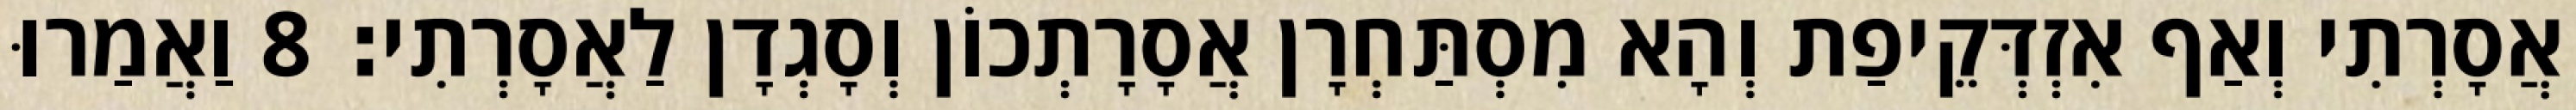
אֲסָרְתִי וְאַף אִזְדְּקֵיפַת וְהָא מִסְתַּחְרָן אֲסָרָתְכוֹן וְסָגְדָן לַאֲסָרְתִי׃ 8 וַאֲמַרוּ